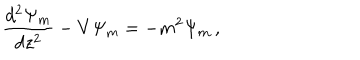
{ \frac { d ^ { 2 } \Psi _ { m } } { d z ^ { 2 } } } - V \Psi _ { m } = - m ^ { 2 } \Psi _ { m } \, ,